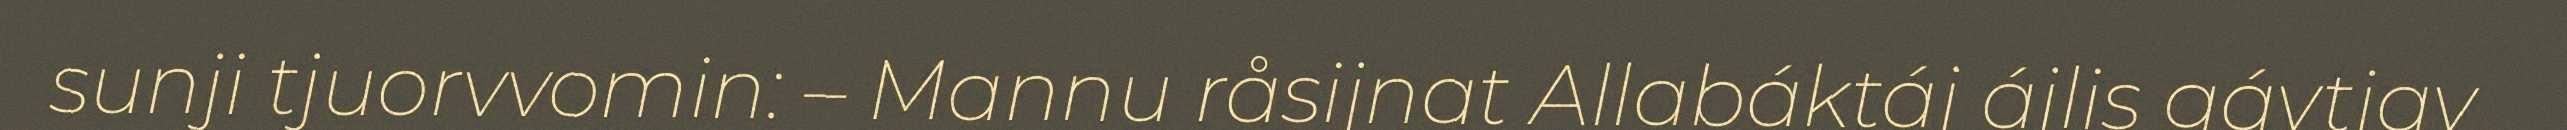
sunji tjuorvvomin: – Mannu råsijnat Allabáktáj ájlis gávtjav